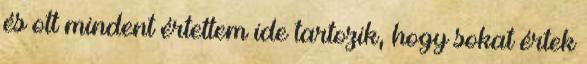
és ott mindent értettem ide tartozik, hogy sokat értek